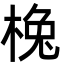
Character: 㭸